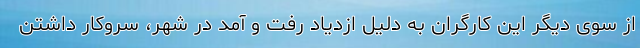
از سوی دیگر این کارگران به دلیل ازدیاد رفت و آمد در شهر، سروکار داشتن